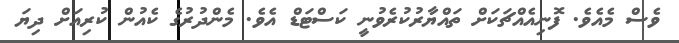
ވެސް މެއެވެ. ފޮނިއެއްޗަކަށް ތައްޔާރުކުރެވުނީ ކަސްޓަޑް އެވެ. މެންދުރުގެ ކެއުން ކުރިއަށް ދިޔަ